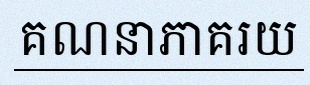
គណនាភាគរយ